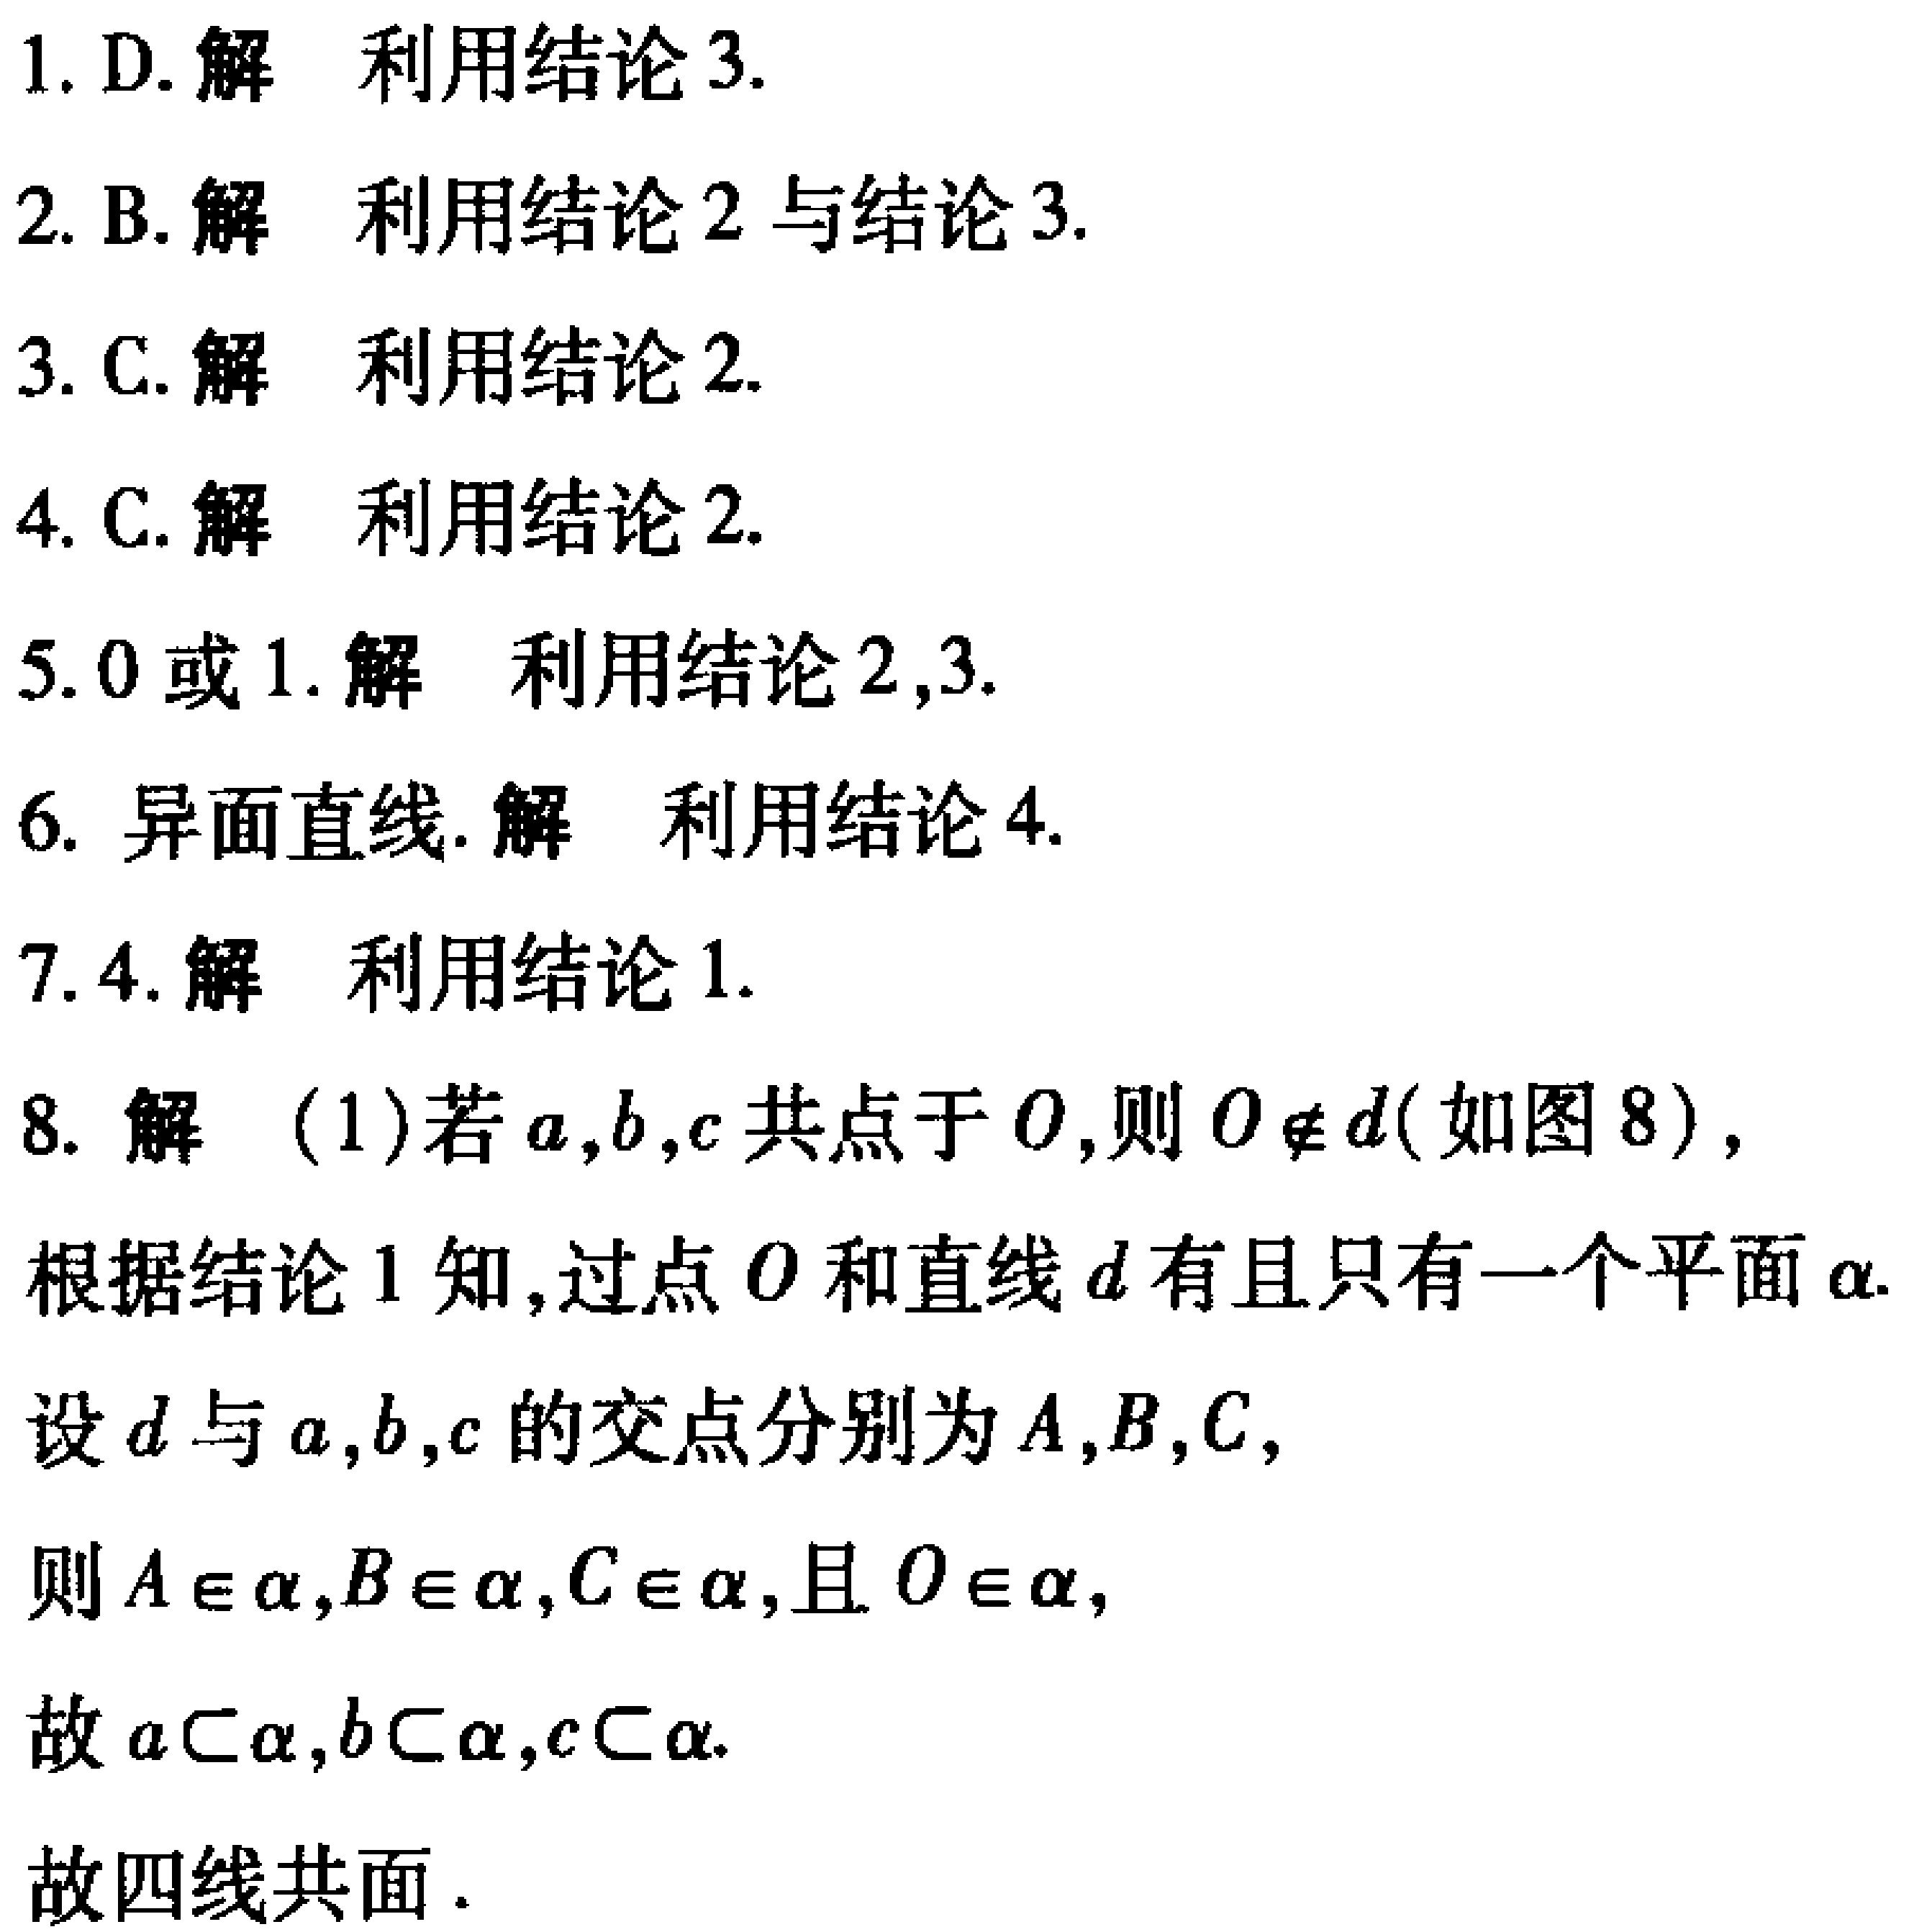
1. D. 解 利用结论 3.
2. B. 解 利用结论 2 与结论 3.
3. C. 解 利用结论 2.
4. C. 解 利用结论 2.
5. 0 或 1. 解 利用结论 2,3.
6. 异面直线. 解 利用结论 4.
7. 4. 解 利用结论 1.
8. 解 (1)若\(a,b,c\)共点于\(O\),则\(O\notin d\)(如图 8),
根据结论 1 知,过点\(O\)和直线\(d\)有且只有一个平面\(\alpha\).
设\(d\)与\(a,b,c\)的交点分别为\(A,B,C\),
则\(A\in\alpha,B\in\alpha,C\in\alpha\),且\(O\in\alpha\),
故\(a\subset\alpha,b\subset\alpha,c\subset\alpha\).
故四线共面.